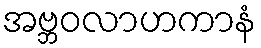
အဗ္ဘဝလာဟကာနံ